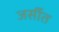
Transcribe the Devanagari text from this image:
जर्सीत